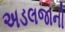
અડલજાની